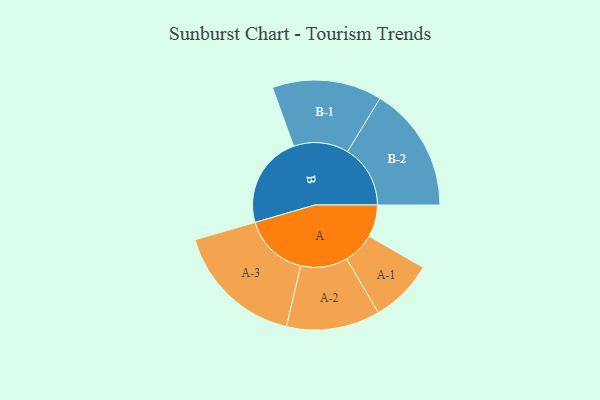
{"axis": {"x": "Segment", "y": "Value"}, "legend": ["", "A", "B"], "data": [{"x": "A", "y": 138, "type": ""}, {"x": "B", "y": 397, "type": ""}, {"x": "A-1", "y": 136, "type": "A"}, {"x": "A-2", "y": 201, "type": "A"}, {"x": "A-3", "y": 279, "type": "A"}, {"x": "B-1", "y": 236, "type": "B"}, {"x": "B-2", "y": 270, "type": "B"}]}